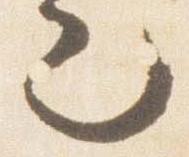
也